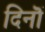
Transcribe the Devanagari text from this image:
दिनॊं